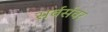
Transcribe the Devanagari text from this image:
सर्वर्सवर